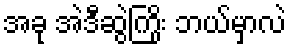
အခု အဲဒီဆွဲကြိုး ဘယ်မှာလဲ